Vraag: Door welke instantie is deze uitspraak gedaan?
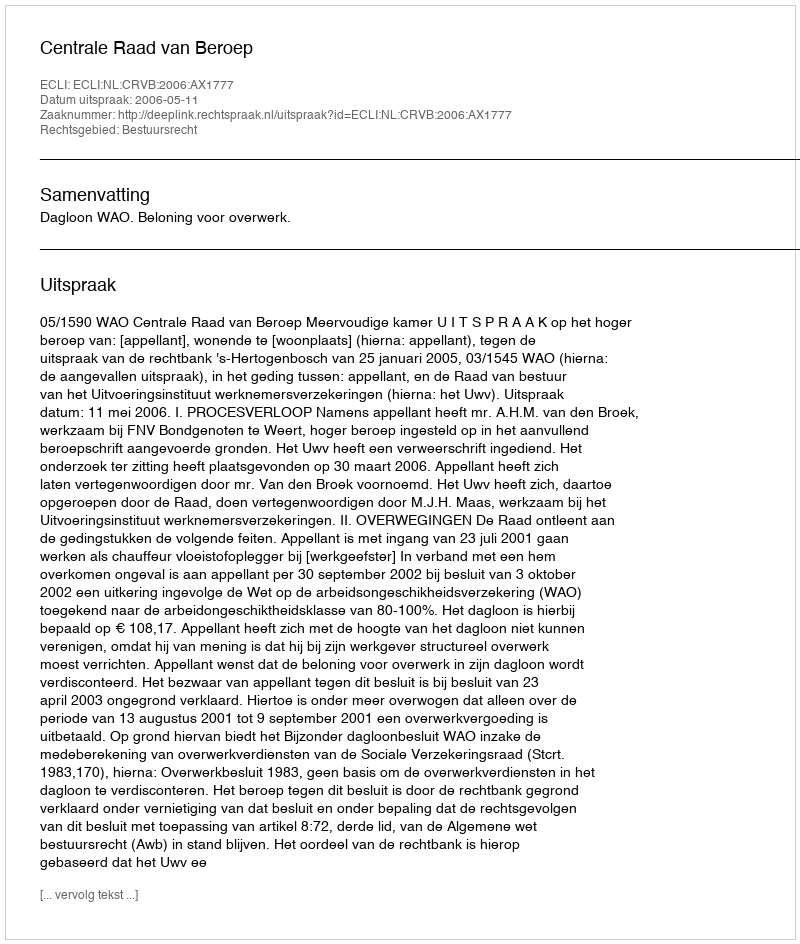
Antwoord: Centrale Raad van Beroep